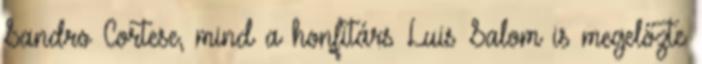
Sandro Cortese, mind a honfitárs Luis Salom is megelőzte